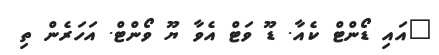
"އައި ޑޯންޓް ކެއާ. ޑޫ ވަޓް އެވާ ޔޫ ވޯންޓް. އަހަރެން ތި